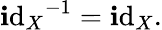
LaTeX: {\operatorname{\mathbf{i}d}_{X}}^{-1}=\operatorname{\mathbf{i}d}_{X}.